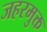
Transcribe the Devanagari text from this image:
जहरमुक्त